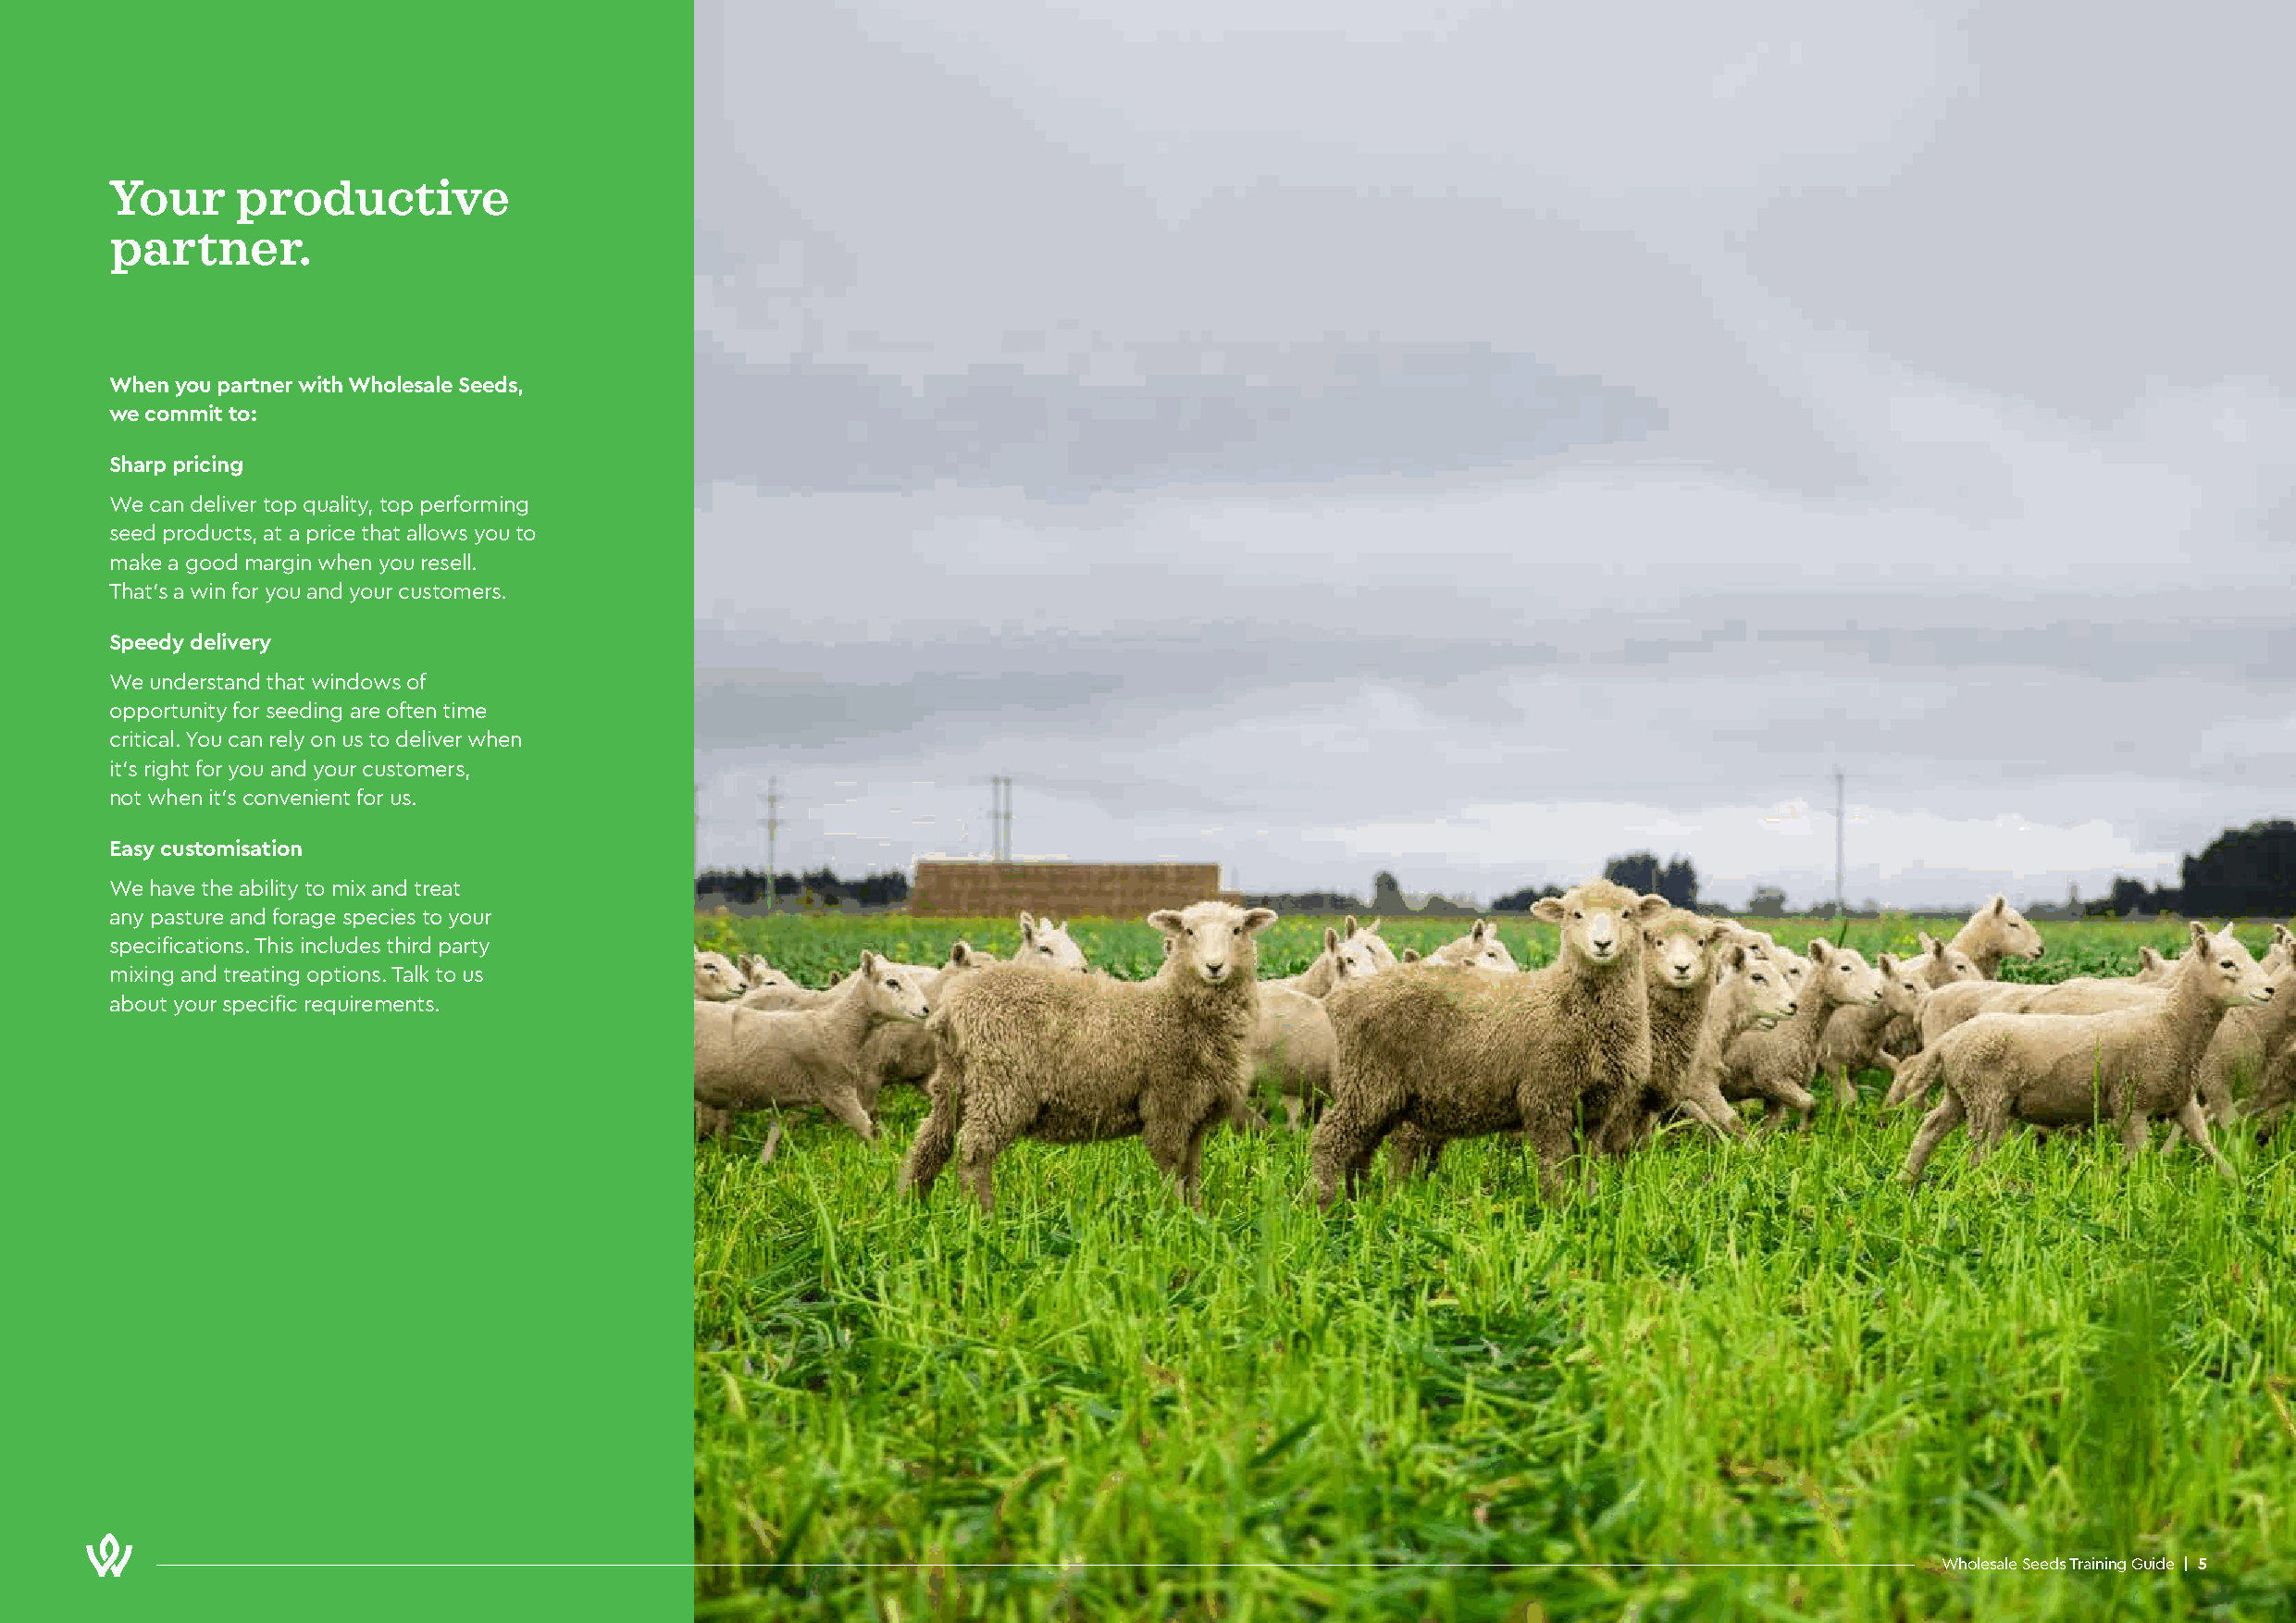
Your     productive
 partner.
 When you partner with Wholesale Seeds,
 we commit to:
 Sharp pricing
 We can deliver top quality, top performing
 seed products, at a price that allows you to
 make a good margin when you resell.
 That’s a win for you and your customers.
 Speedy delivery
 We understand that windows of
 opportunity for seeding are often time
 critical. You can rely on us to deliver when
 it’s right for you and your customers,
 not when it’s convenient for us.
 Easy customisation
 We have the ability to mix and treat
 any pasture and forage species to your
 specifications. This includes third party
 mixing and treating options. Talk to us
 about your specific requirements.
 Wholesale Seeds Training Guide | 5